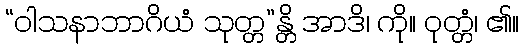
“ဝါသနာဘာဂိယံ သုတ္တ”န္တိ အာဒိ၊ ကို။ ဝုတ္တံ၊ ၏။